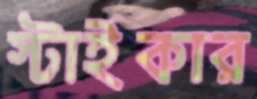
স্টাইকার